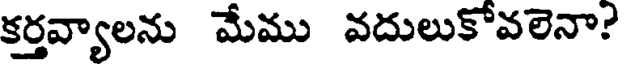
కర్తవ్యాలను మేము వదులుకోవలెనా?